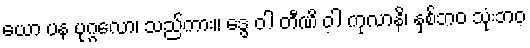
ယော ပန ပုဂ္ဂလော၊ သည်ကား။ ဒွေ ဝါ တီဏိ ဝါ ကုလာနိ၊ နှစ်ဘဝ သုံးဘဝ